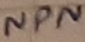
Text: NPN